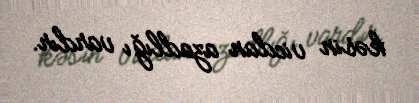
kəsin vicdan azadlığı vardır.